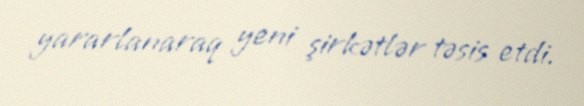
yararlanaraq yeni şirkətlər təsis etdi.